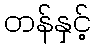
တန်နှင့်